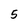
Character: 5